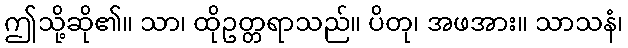
ဤသို့ဆို၏။ သာ၊ ထိုဥတ္တရာသည်။ ပိတု၊ အဖအား။ သာသနံ၊